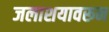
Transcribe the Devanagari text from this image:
जलाशयावरून